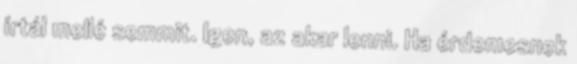
írtál mellé semmit. Igen, az akar lenni. Ha érdemesnek